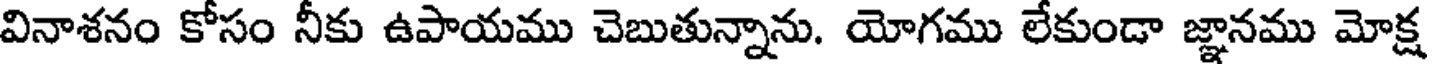
వినాశనం కోసం నీకు ఉపాయము చెబుతున్నాను. యోగము లేకుండా జ్ఞానము మోక్ష